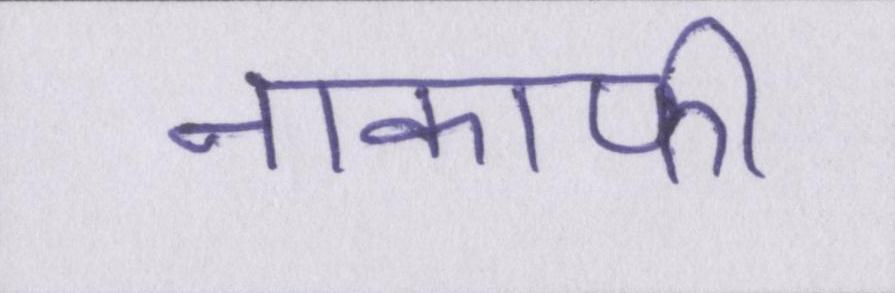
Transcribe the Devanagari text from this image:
नाकाफी